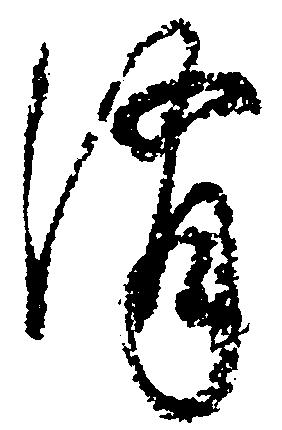
消